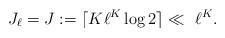
LaTeX: \begin{align*} J_{\ell}=J:=\lceil K \ell^{K} \log 2 \rceil \ll ~\ell^{K}.\end{align*}